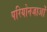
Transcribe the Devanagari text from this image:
परियोनजाओं